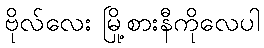
ဗိုလ်လေး မြို့စားနီကိုလေပါ